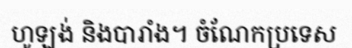
ហូឡង់ និងបារាំង។ ចំណែកប្រទេស